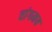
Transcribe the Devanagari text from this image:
वांगमय